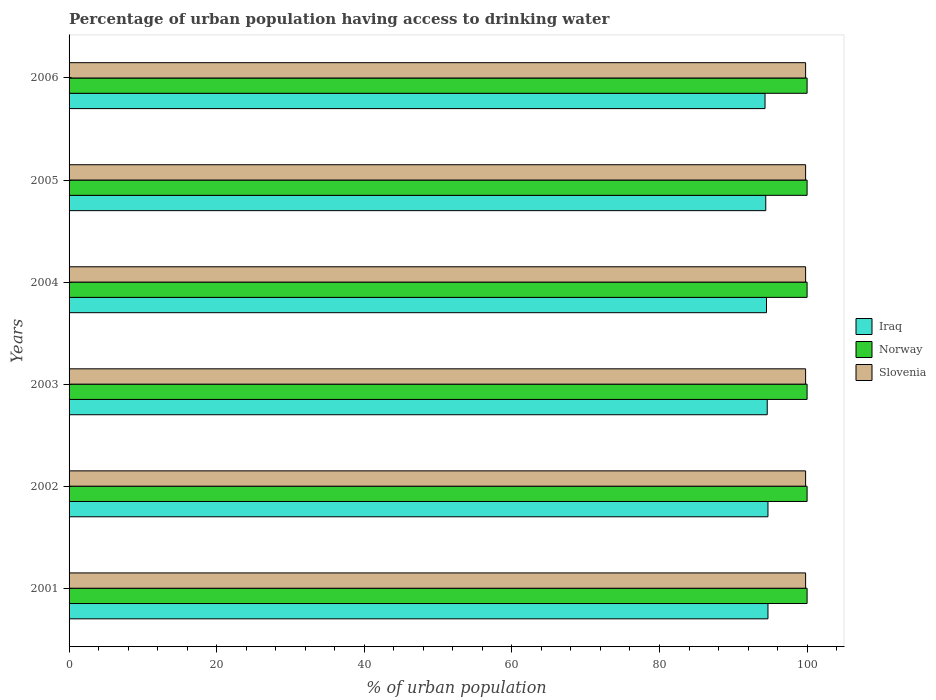
| Years | Iraq | Norway | Slovenia |
 | --- | --- | --- | --- |
 | 2001 | 94.7 | 100 | 99.8 |
 | 2002 | 94.7 | 100 | 99.8 |
 | 2003 | 94.6 | 100 | 99.8 |
 | 2004 | 94.5 | 100 | 99.8 |
 | 2005 | 94.4 | 100 | 99.8 |
 | 2006 | 94.3 | 100 | 99.8 |